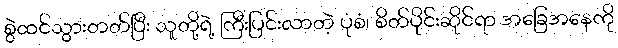
စွဲထင်သွားတတ်ပြီး သူတို့ရဲ့ ကြီးပြင်းလာတဲ့ ပုံစံ၊ စိတ်ပိုင်းဆိုင်ရာ အခြေအနေကို